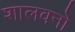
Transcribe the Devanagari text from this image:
शालवनो